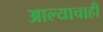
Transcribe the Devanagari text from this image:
आल्याचाही